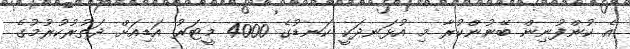
އެ ކުންފުނިން ބޭނުންކުރާ މި އުޅަނދަކީ ކަނޑުގެ 4000 މީޓަރު އަޑިއަށް ދަތުރުކުރުމުގެ